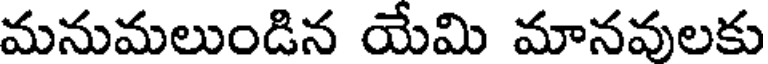
మనుమలుండిన యేమి మానవులకు